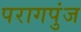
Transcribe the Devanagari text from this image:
परागपुंज